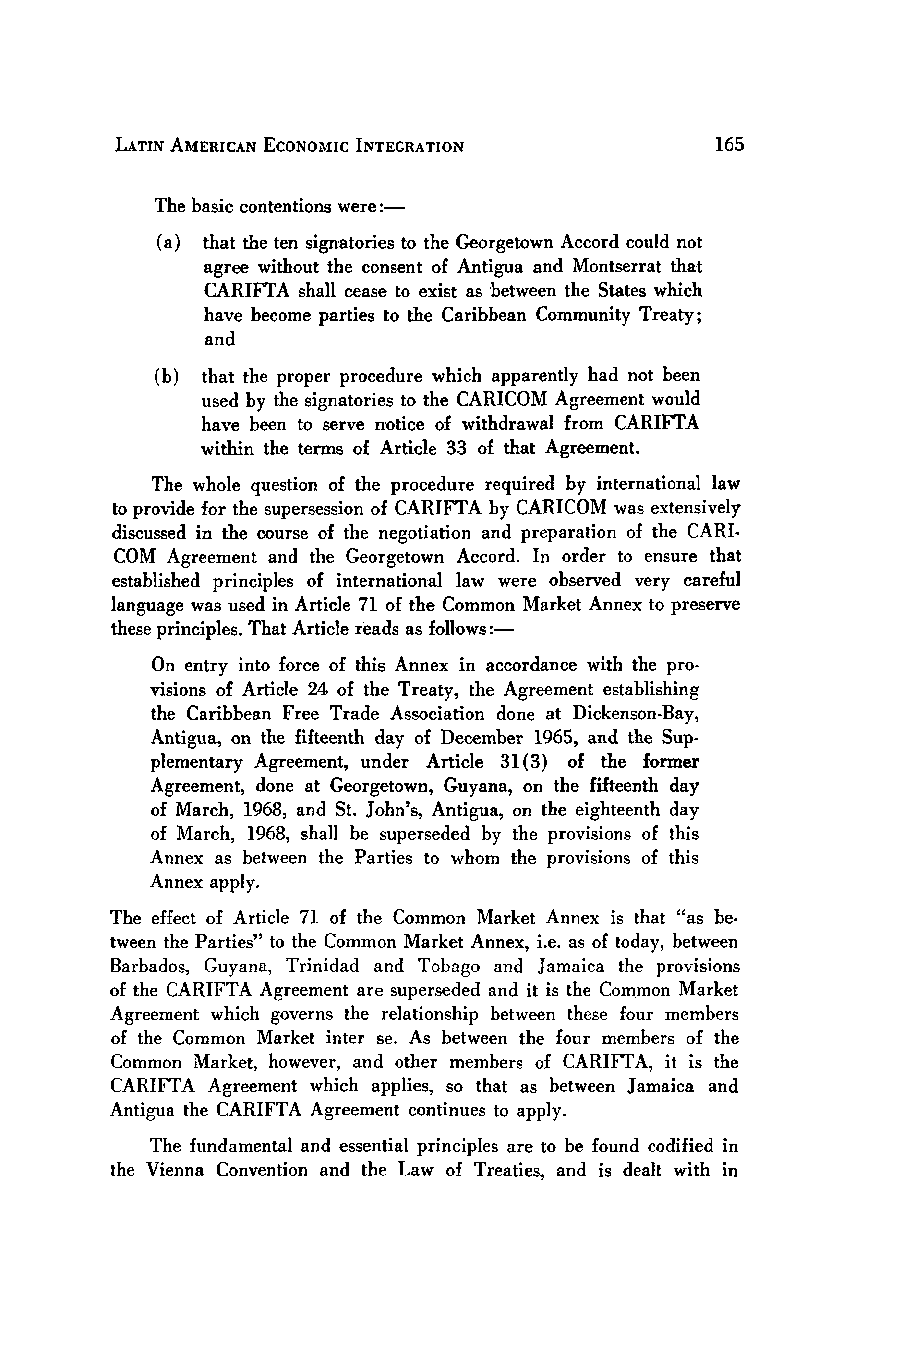
LATIN AMERICAN ECONOMIC INTEGRATION
 The basic contentions were:-
 (a) that the ten signatories to the Georgetown Accord could not
 agree without the consent of Antigua and Montserrat that
 CARIFTA shall cease to exist as between the States which
 have become parties to the Caribbean Community Treaty;
 and
 (b) that the proper procedure which apparently had not been
 used by the signatories to the CARICOM Agreement would
 have been to serve notice of withdrawal from CARIFTA
 within the terms of Article 33 of that Agreement.
 The whole question of the procedure required by international law
 to provide for the supersession of CARIFTA by CARICOM was extensively
 discussed in the course of the negotiation and preparation of the CARL
 COM Agreement and the Georgetown Accord. In order to ensure that
 established principles of international law were observed very careful
 language was used in Article 71 of the Common Market Annex to preserve
 these principles. That Article reads as follows:-
 On entry into force of this Annex in accordance with the pro-
 visions of Article 24 of the Treaty, the Agreement establishing
 the Caribbean Free Trade Association done at Dickenson-Bay,
 Antigua, on the fifteenth day of December 1965, and the Sup-
 plementary Agreement, under Article 31(3) of the former
 Agreement, done at Georgetown, Guyana, on the fifteenth day
 of March, 1968, and St. John's, Antigua, on the eighteenth day
 of March, 1968, shall be superseded by the provisions of this
 Annex as between the Parties to whom the provisions of this
 Annex apply.
 The effect of Article 71 of the Common Market Annex is that "as be.
 tween the Parties" to the Common Market Annex, i.e. as of today, between
 Barbados, Guyana, Trinidad and Tobago and Jamaica the provisions
 of the CARIFTA Agreement are superseded and it is the Common Market
 Agreement which governs the relationship between these four members
 of the Common Market inter se. As between the four members of the
 Common Market, however, and other members of CARIFTA, it is the
 CARIFTA Agreement which applies, so that as between Jamaica and
 Antigua the CARIFTA Agreement continues to apply.
 The fundamental and essential principles are to be found codified in
 the Vienna Convention and the Law of Treaties, and is dealt with in